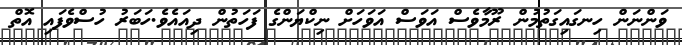
ވަންނަން ހިނގައިގަތުމުން ރޫމާވެސް އަވަސް އަވަހަށް ނިކްޔަންގެ ފަހަތުން ދިއައެވެ.ހަބަރު ހުސްވެފައި އޮތް